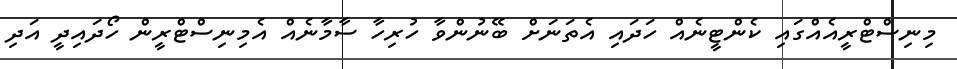
މިނިސްޓްރީއެއްގައި ކެންޓީނެއް ހަދައި އެތަނަށް ބޭނުންވާ ހުރިހާ ސާމާނެއް އެމިނިސްޓްރީން ހޯދައިދީ އަދި